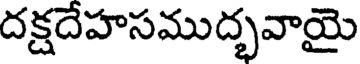
దక్షదేహసముద్భవాయై